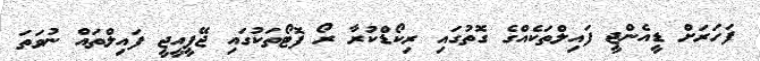
ފަހަރަށް ޑީއެންޖީ ފައިލްތަކެއްގެ ގޮތުގައި ރިކޯޑްކުރާ ރޯ ފޮޓޯތަކުގައި ޖޭޕީއީޖީ ފައިލްތައް ނުވަތަ